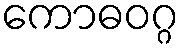
ကောဓဝဂ္ဂ